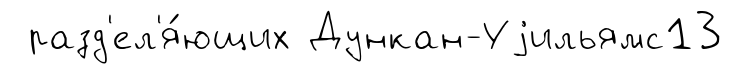
разд'ел'я́ющих Дункан-Уjильямс13